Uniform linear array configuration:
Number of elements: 16
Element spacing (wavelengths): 0.25
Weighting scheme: hamming
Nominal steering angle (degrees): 30
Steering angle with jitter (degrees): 29.228
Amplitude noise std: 0.05
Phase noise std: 0.05

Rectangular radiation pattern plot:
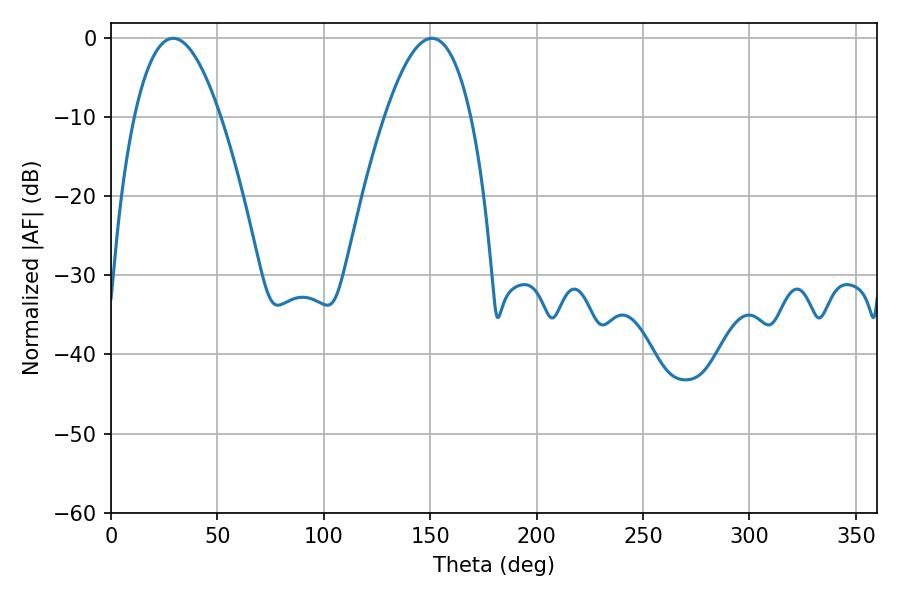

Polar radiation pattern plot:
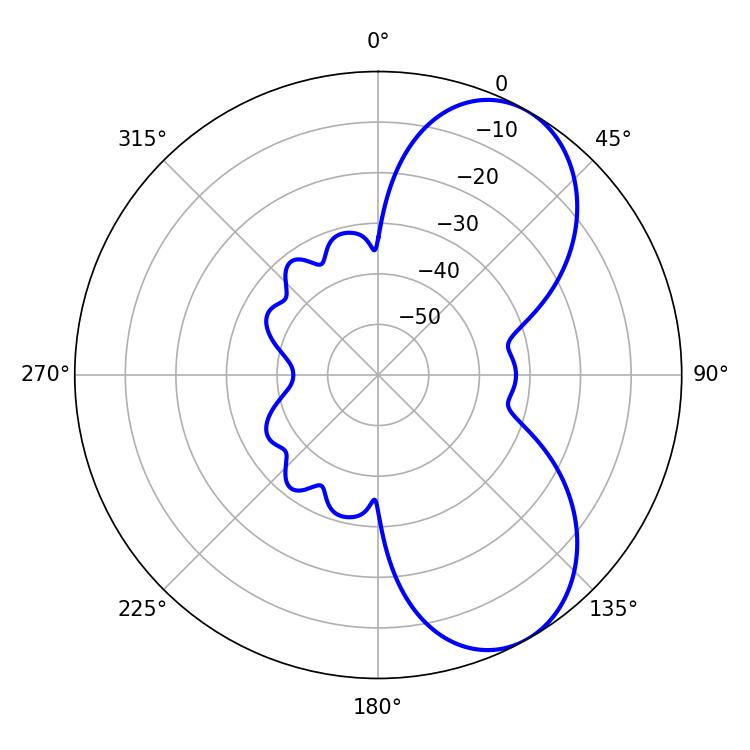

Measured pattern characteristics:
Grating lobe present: FALSE
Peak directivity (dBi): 6.808
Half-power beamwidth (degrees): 22.32
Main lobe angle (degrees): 29.16